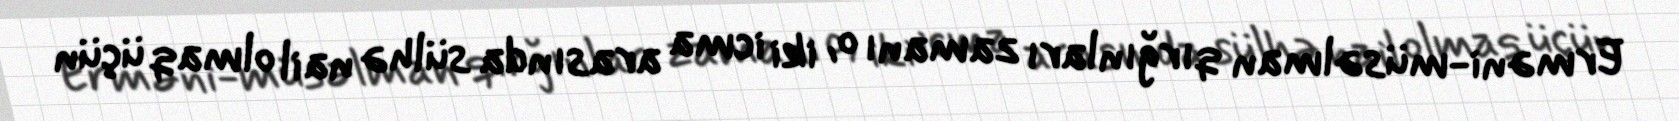
Erməni-müsəlman qırğınları zamanı o, iki icma arasında sülhə nail olmaq üçün